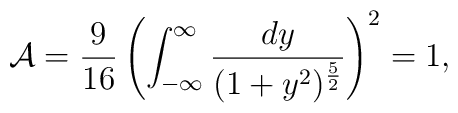
{\cal A}={9\over 16}\left(\int_{-\infty}^\infty {dy\over (1+y^2)^{5\over 2}}\right)^2=1,